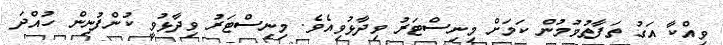
ވިއްކާ އަގު ތަފާތުވުމުން ކަަމަށް މިނިސްޓަރު ވިދާޅުވިއެވެ. މިނިސްޓަރު ވިދާޅުވީ ކުންފުނިން ހުއްދަ